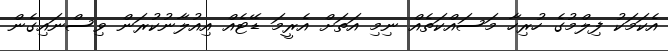
އެކަމަކު ފިލްމުގެ ހުރިހާ މަސައްކަތެއް ނިމި އަތަށް އެރީމަ ޑޭޓެއް އިއުލާނުކުރަން ވިސްނައިގެން